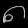
Digit: ၈